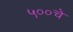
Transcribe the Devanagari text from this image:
५००चे